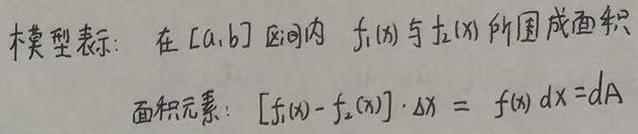
模型表示：在$[a,b]$区间内 $f_1(x)$ 与 $f_2(x)$ 所围成面积
面积元素：$[f_1(x)-f_2(x)]\cdot \Delta x = f(x)dx = dA$